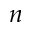
n